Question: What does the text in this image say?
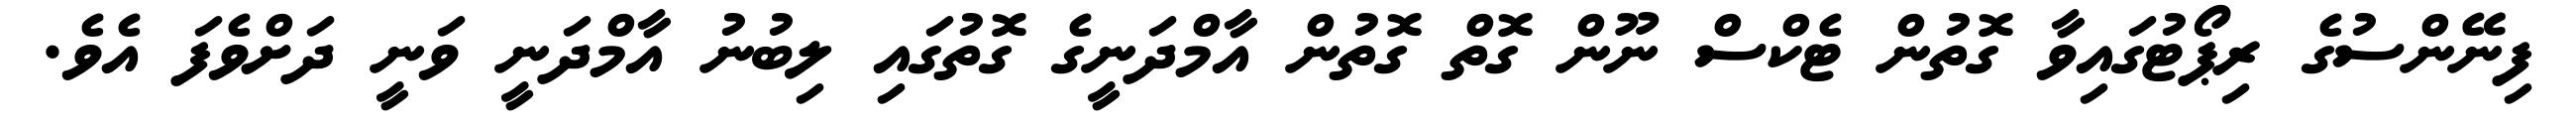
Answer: ފިނޭންސުގެ ރިޕޯޓުގައިވާ ގޮތުން ޓެކްސް ނޫން ގޮތް ގޮތުން އާމްދަނީގެ ގޮތުގައި ލިބުނު އާމްދަނީ ވަނީ ދަށްވެފަ އެވެ.